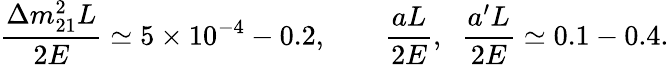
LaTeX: \frac{\Delta m_{21}^{2}L}{2E}\simeq 5\times 10^{-4}-0.2,\qquad\frac{aL}{2E},\; \; \frac{a^{\prime}L}{2E}\simeq 0.1-0.4.